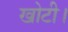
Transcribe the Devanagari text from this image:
खोटी।